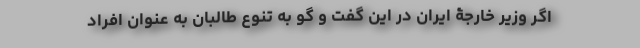
اگر وزیر خارجۀ ایران در این گفت و گو به تنوع طالبان به عنوان افراد